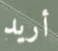
أريد